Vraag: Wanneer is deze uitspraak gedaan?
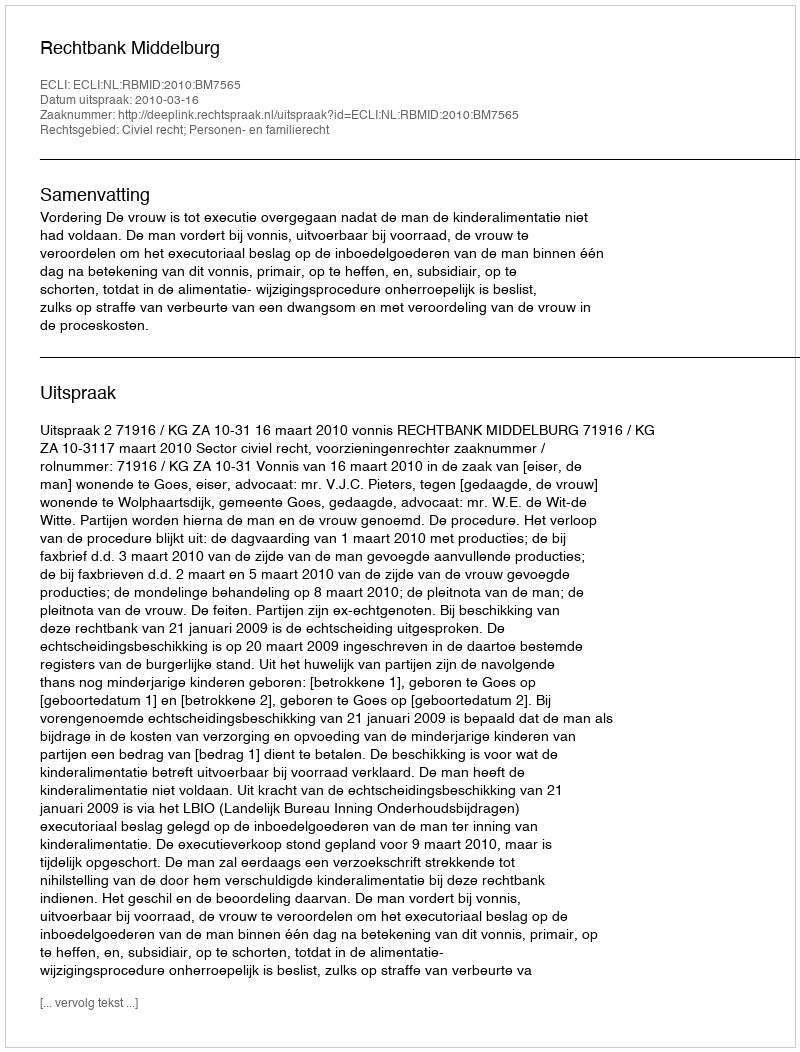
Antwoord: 2010-03-16